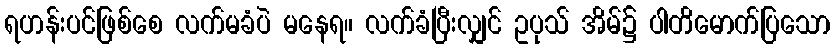
ရဟန်းပင်ဖြစ်စေ လက်မခံပဲ မနေရ။ လက်ခံပြီးလျှင် ဥပုသ် အိမ်၌ ပါတိမောက်ပြသော